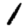
Digit: 1